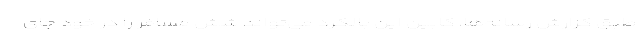
طبق گزارش رسانه‌ها، کابین این بالگرد می‌تواند شش مسافر را در خود جای